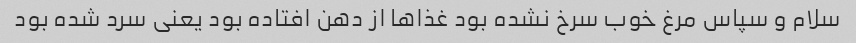
سلام و سپاس مرغ خوب سرخ نشده بود غذاها از دهن افتاده بود یعنی سرد شده بود